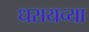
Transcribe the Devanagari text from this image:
धरायच्या